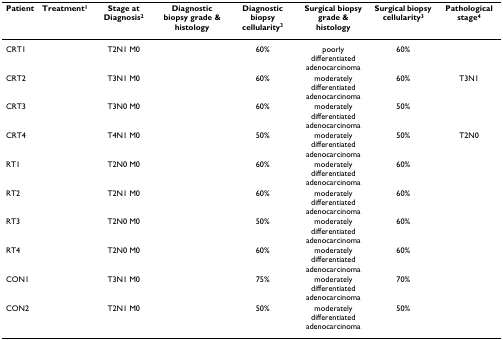
<table><thead><tr><td><b>Patient</b></td><td><b>Treatment<sup>1</sup></b></td><td><b>Stage at Diagnosis<sup>2</sup></b></td><td><b>Diagnostic biopsy grade &amp; histology</b></td><td><b>Diagnostic biopsy cellularity<sup>3</sup></b></td><td><b>Surgical biopsy grade &amp; histology</b></td><td><b>Surgical biopsy cellularity<sup>3</sup></b></td><td><b>Pathological stage<sup>4</sup></b></td></tr></thead><tbody><tr><td>CRT1</td><td>[EMPTY_CELL]</td><td>T2N1 M0</td><td>[EMPTY_CELL]</td><td>60%</td><td>poorly differentiated adenocarcinoma</td><td>60%</td><td>[EMPTY_CELL]</td></tr><tr><td>CRT2</td><td>[EMPTY_CELL]</td><td>T3N1 M0</td><td>[EMPTY_CELL]</td><td>60%</td><td>moderately differentiated adenocarcinoma</td><td>60%</td><td>T3N1</td></tr><tr><td>CRT3</td><td>[EMPTY_CELL]</td><td>T3N0 M0</td><td>[EMPTY_CELL]</td><td>60%</td><td>moderately differentiated adenocarcinoma</td><td>50%</td><td>[EMPTY_CELL]</td></tr><tr><td>CRT4</td><td>[EMPTY_CELL]</td><td>T4N1 M0</td><td>[EMPTY_CELL]</td><td>50%</td><td>moderately differentiated adenocarcinoma</td><td>50%</td><td>T2N0</td></tr><tr><td>RT1</td><td>[EMPTY_CELL]</td><td>T2N0 M0</td><td>[EMPTY_CELL]</td><td>60%</td><td>moderately differentiated adenocarcinoma</td><td>60%</td><td>[EMPTY_CELL]</td></tr><tr><td>RT2</td><td>[EMPTY_CELL]</td><td>T2N1 M0</td><td>[EMPTY_CELL]</td><td>60%</td><td>moderately differentiated adenocarcinoma</td><td>60%</td><td>[EMPTY_CELL]</td></tr><tr><td>RT3</td><td>[EMPTY_CELL]</td><td>T2N0 M0</td><td>[EMPTY_CELL]</td><td>50%</td><td>moderately differentiated adenocarcinoma</td><td>60%</td><td>[EMPTY_CELL]</td></tr><tr><td>RT4</td><td>[EMPTY_CELL]</td><td>T2N0 M0</td><td>[EMPTY_CELL]</td><td>60%</td><td>moderately differentiated adenocarcinoma</td><td>60%</td><td>[EMPTY_CELL]</td></tr><tr><td>CON1</td><td>[EMPTY_CELL]</td><td>T3N1 M0</td><td>[EMPTY_CELL]</td><td>75%</td><td>moderately differentiated adenocarcinoma</td><td>70%</td><td>[EMPTY_CELL]</td></tr><tr><td>CON2</td><td>[EMPTY_CELL]</td><td>T2N1 M0</td><td>[EMPTY_CELL]</td><td>50%</td><td>moderately differentiated adenocarcinoma</td><td>50%</td><td>[EMPTY_CELL]</td></tr></tbody></table>